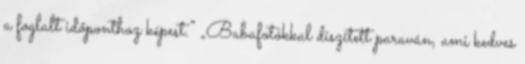
a foglalt időponthoz képest.” „Babafotókkal díszített paraván, ami kedves